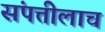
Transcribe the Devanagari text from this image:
संपत्तीलाच